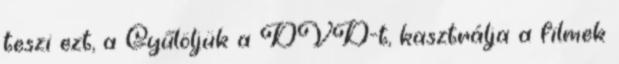
teszi ezt, a Gyűlöljük a DVD-t, kasztrálja a filmek